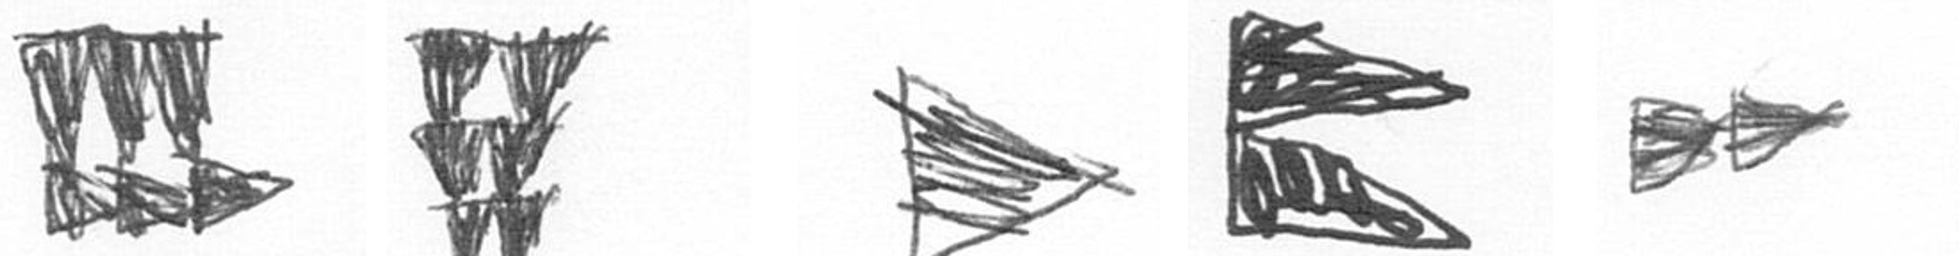
D Y T P A